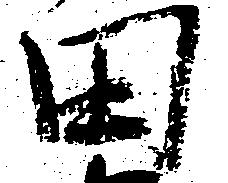
田